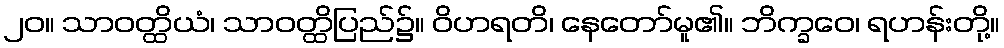
၂၀။ သာဝတ္ထိယံ၊ သာဝတ္ထိပြည်၌။ ဝိဟရတိ၊ နေတော်မူ၏။ ဘိက္ခဝေ၊ ရဟန်းတို့။